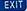
exit